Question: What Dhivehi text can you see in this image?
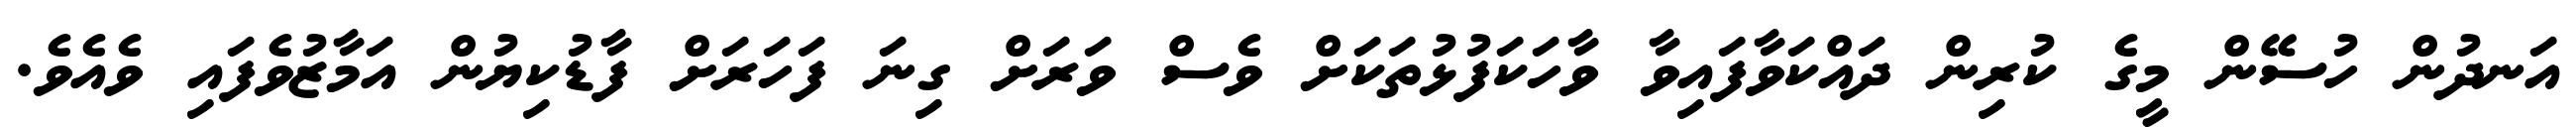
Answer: އަނދުން ހުސޭން މީގެ ކުރިން ދައްކަވާފައިވާ ވާހަކަފުޅުތަކަށް ވެސް ވަރަށް ގިނަ ފަހަރަށް ފާޑުކިޔުން އަމާޒުވެފައި ވެއެވެ.